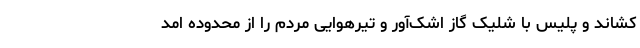
کشاند و پلیس با شلیک گاز اشک‌آور و تیرهوایی مردم را از محدوده امد